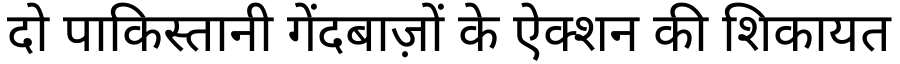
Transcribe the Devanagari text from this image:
दो पाकिस्तानी गेंदबाज़ों के ऐक्शन की शिकायत